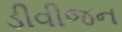
ડીવીજન